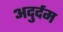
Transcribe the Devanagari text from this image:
अदुर्दम